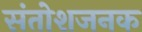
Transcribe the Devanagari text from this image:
संतोशजनक